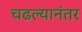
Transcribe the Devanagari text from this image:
चढल्यानंतर